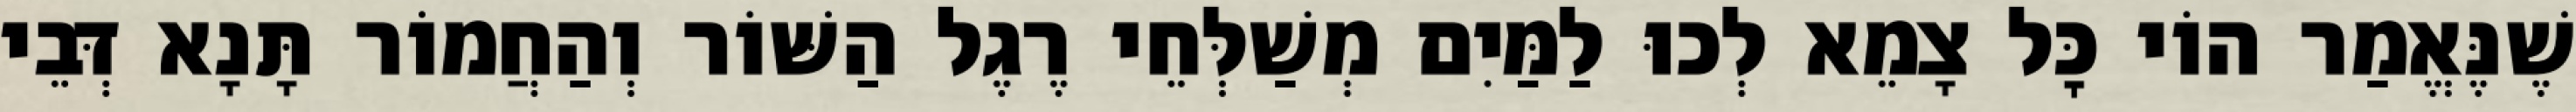
שֶׁנֶּאֱמַר הוֹי כׇּל צָמֵא לְכוּ לַמַּיִם מְשַׁלְּחֵי רֶגֶל הַשּׁוֹר וְהַחֲמוֹר תָּנָא דְּבֵי